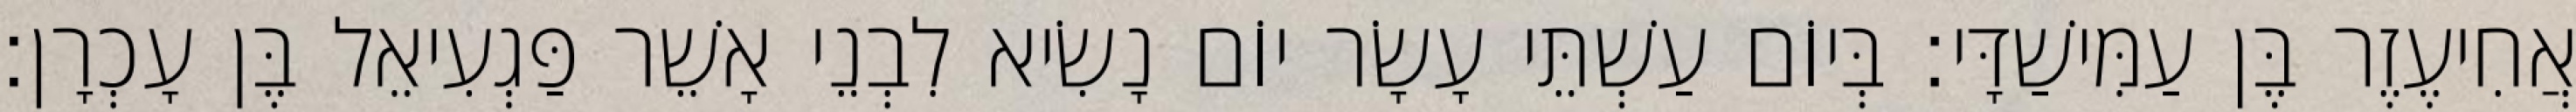
אֲחִיעֶזֶר בֶּן עַמִּישַׁדָּי׃ בְּיוֹם עַשְׁתֵּי עָשָׂר יוֹם נָשִׂיא לִבְנֵי אָשֵׁר פַּגְעִיאֵל בֶּן עָכְרָן׃